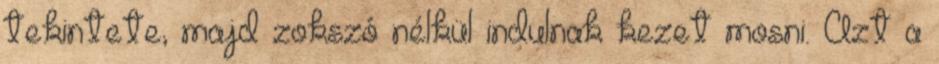
tekintete, majd zokszó nélkül indulnak kezet mosni. Azt a